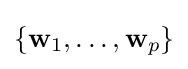
\{\mathbf {w} _{1},\ldots ,\mathbf {w} _{p}\}